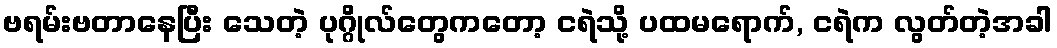
ဗရမ်းဗတာနေပြီး သေတဲ့ ပုဂ္ဂိုလ်တွေကတော့ ငရဲသို့ ပထမရောက်, ငရဲက လွတ်တဲ့အခါ